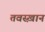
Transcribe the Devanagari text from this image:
तवस्ख़ान